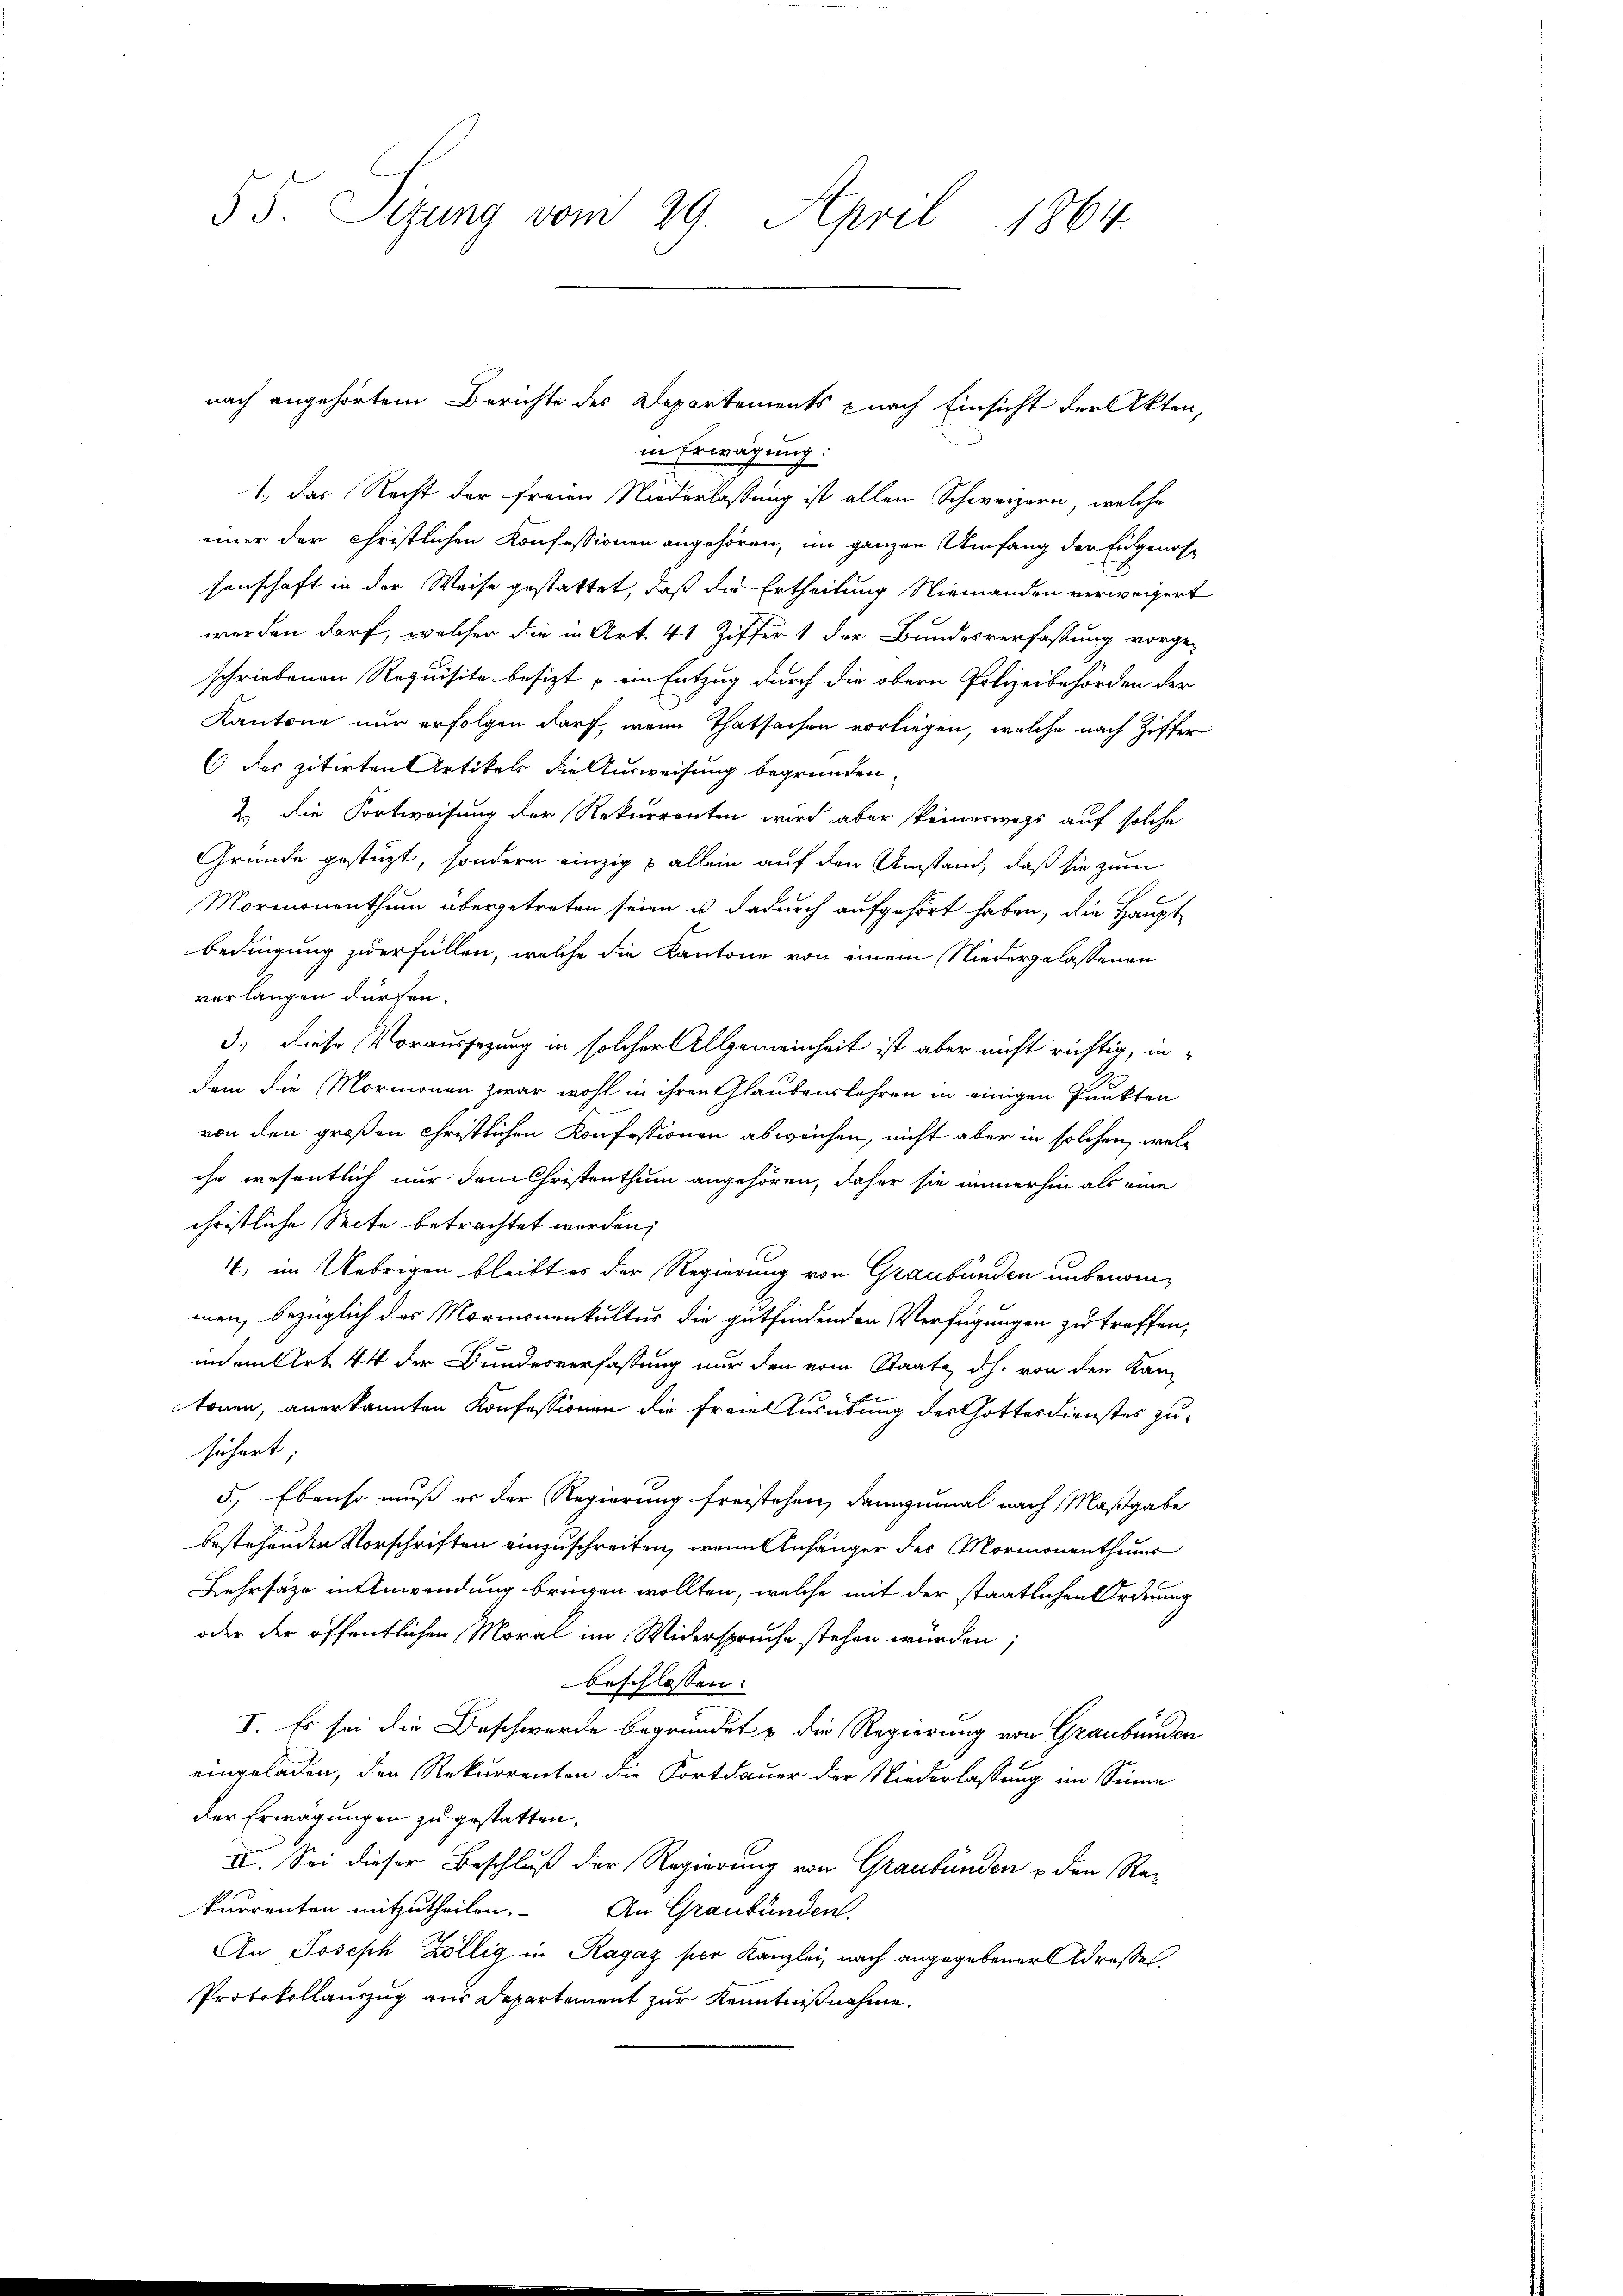
55. Sizung vom 29. April 1864.

in Erwägung:
1., Das Recht der freien Niederlassung ist allen Schweizern, welche
einer der christlichen Konfessionen angehören, im ganzen Umfang der Eidgenossenschaft in der Weise gestattet, daß die Ertheilung Niemanden verweigert
werden darf, welcher die in Art. 41 Ziffer 1 der Bundesverfassung vorge-
schriebenen Requisite besizt, ein Entzug durch die obern Polizeibehörden der
Kantone nur erfolgen darf, wenn Thatsachen vorliegen, welche nach Ziffer
6 des zitirten Artikels die Ausweisung begründen.
2.) Die Fortweisung der Rekurrenten wird aber keineswegs auf solche
Gründe gestüzt, sondern einzig & allein auf den Umstand, daß sie zum
Mormonenthum übergetreten seien u. dadurch aufgehört haben, die Haupt
bedingung zu erfüllen, welche die Kantone von einem Niedergelassenen
verlangen dürfen.
3.) Diese Voraussezung in solcher Allgemeinheit ist aber nicht richtig, indem die Mormonen zwar wohl in ihren Glaubenslehren in einigen Punkten
von den großen Christlichen Konfessionen abwächen, nicht aber in solchen, welche wesentlich nur dem Christenthum angehören, daher sie immerhin als eine
christliche Seite betrachtet worden;
4, im Uebrigen bleibt er der Regierung von Graubünden unbenommen, bezüglich des Mormonenkultus die gutfindenden Verfügungen zu treffen,
unmittet 44 der Bundesverfassung nur den vom Staate dh. von den Kantonen, anerkannten Konfessionen die Frau Ausübung des Gottesdienstes zusichert
5.) Ebenso muß er der Regierung freistehen, dannzumal nach Maßgabe
bestehender Vorschriften einzuschreiten, wenn Anhänger des Mormonenthums
Lehrsätze in Anwendung bringen wollten, welche mit der staatlichen Ordnung
oder der öffentlichen Moral im Widerspruche stehen würden;
beschlossen:
I. Es sei die Beschwerde begründet u die Regierung von Graubünden
eingeladen, den Rekurrenten die Fortdauer der Niederlassung im Sinne
der Erwägungen zu gestatten,
II. Sei dieser Beschluß der Regierung von Graubünden u den Rekurrenten mitzutheilen. An Graubünden,
An Joseph Zöllig in Ragaz per Kanzlei, nach angegebener Adresse
Protokollauszug aus Departement zur Kenntnißnahme.

nach angehörtem Berichte des Departements nach Einsicht der Akten,